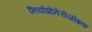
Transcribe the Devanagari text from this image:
नियोप्रोतेरोजोइक